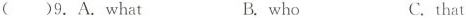
()9.A. what B.who C.that